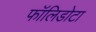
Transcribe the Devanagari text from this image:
फॉलिडोटा